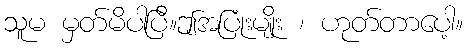
သူမ မှတ်မိပါပြီ။ဤအပြုံးမျိုး ၊ ဟုတ်တာပေါ့။